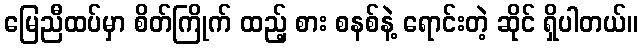
မြေညီထပ်မှာ စိတ်ကြိုက် ထည့် စား စနစ်နဲ့ ရောင်းတဲ့ ဆိုင် ရှိပါတယ်။